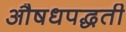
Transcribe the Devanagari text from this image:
औषधपद्धती